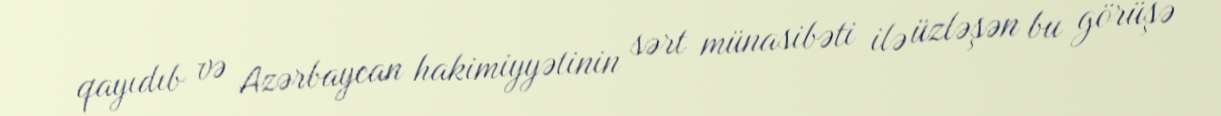
qayıdıb və Azərbaycan hakimiyyətinin sərt münasibəti ilə üzləşən bu görüşə